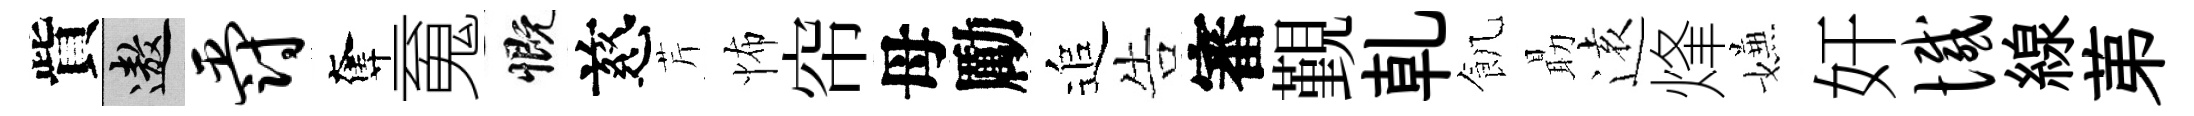
貲遨爵奪䰟慨慈芹怖帘母勵追告審覲乹飢朂逺烽嫌奸憾線苐